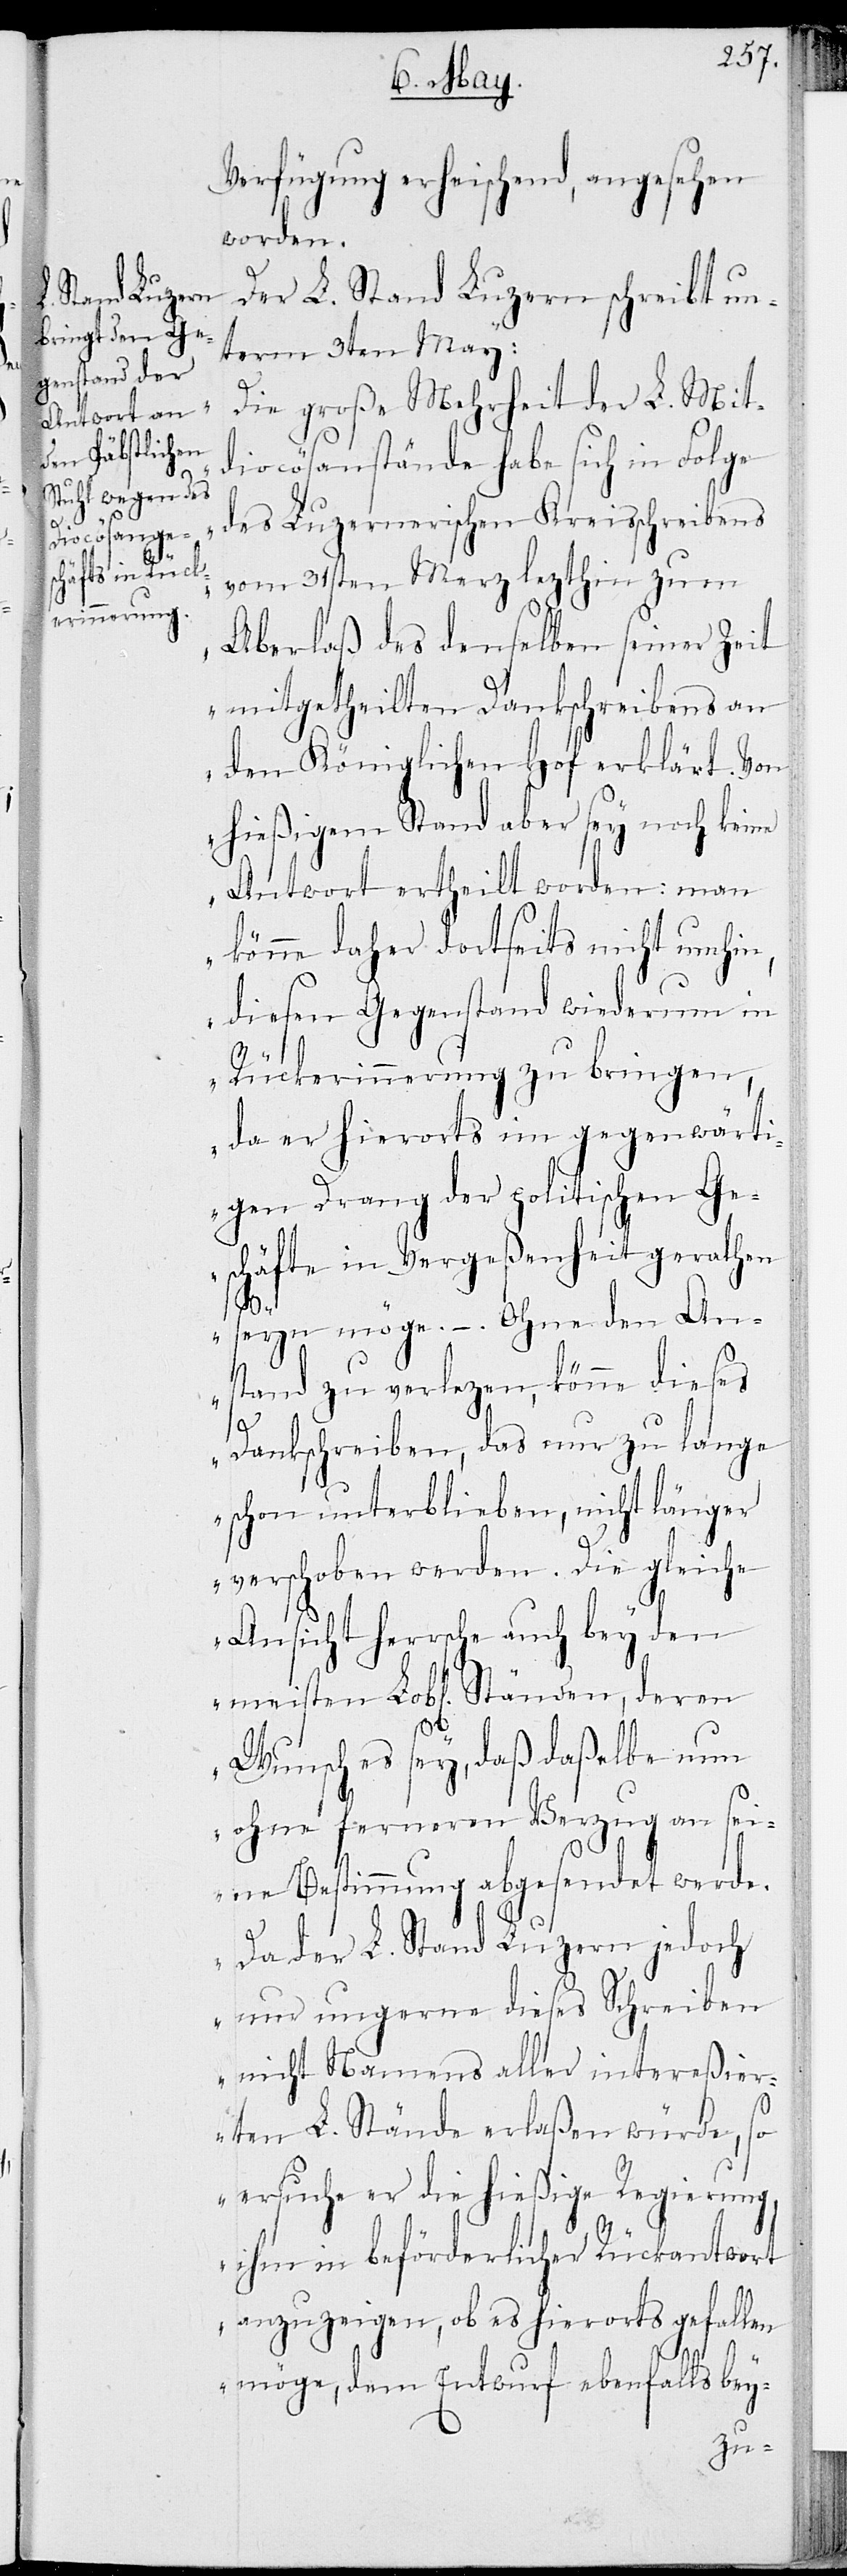
Verfügung erheischend, angesehen
worden.
Der L. Stand Luzern schreibt un¬
term 3ten May:
„Die große Mehrheit der L. Mit¬
diocösanstände habe sich in Folge
des Luzernerischen Kreisschreibens
vom 31sten Merz lezthin zum
Aberlaß des denselben seiner Zeit
mitgetheilten Dankschreibens an
den Königlichen Hof erklärt. Von
hießigem Stand aber sey noch keine
Antwort ertheilt worden: man
könne daher dortseits nicht umhin,
diesen Gegenstand wiederum in
Rückerinnerung zu bringen,
da er hierorts im gegenwärti¬
gen Drang der politischen Ges¬
chäfte in Vergeßenheit gerathen
seyn möge. – Ohne den Ans¬
tand zu verlezen, könne dieses
Dankschreiben, das nur zu lange
schon unterblieben, nicht länger
verschoben werden. Die gleiche
Ansicht herrsche auch bey den
meisten Lobl. Ständen, deren
Wunsch es sey, daß daßelbe nun
ohne ferneren Verzug an sei¬
ne Bestimmung abgesendet werde.
Da der L. Stand Luzern jedoch
nur ungerne dieses Schreiben
nicht Namens aller intereßier¬
ten L. Stände erlaßen würde, so
ersuche er die hießige Regierung,
ihm in beförderlicher Rückantwort
anzuzeigen, ob es hierorts gefallen
möge, dem Entwurf ebenfalls bey-